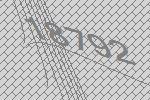
18792